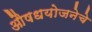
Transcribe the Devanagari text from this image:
औषधयोजनेचे